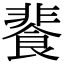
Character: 餥